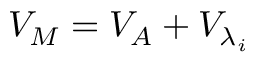
V _ { M } = { { V } _ { { A } } } + { { V } _ { { { \lambda } _ { i } } } }